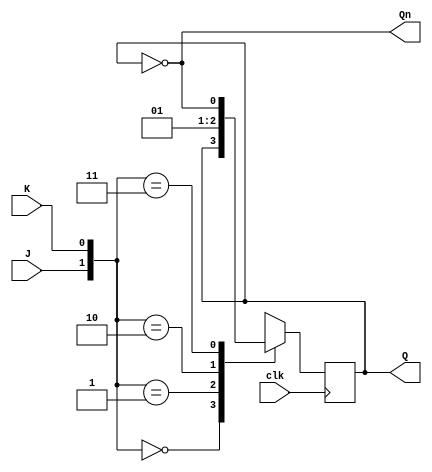
module jk_ff (
  input J, K, clk,
  output Q, Qn
);

  reg next_Q;

  // Combinational logic for next state based on J and K
  always @(J or K) begin
    case ({J, K})
      2'b00: next_Q = Q;  // Hold (J=K=0)
      2'b01: next_Q = 1'b0; // Reset (K=1)
      2'b10: next_Q = 1'b1; // Set (J=1)
      2'b11: next_Q = ~Q;   // Toggle (J=K=1)
    endcase
  end

  // Sequential logic to update state on clock edge
  always @(posedge clk) begin
    Q <= next_Q;
  end

  assign Qn = ~Q; // Inverted output

endmodule